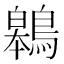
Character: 鷎